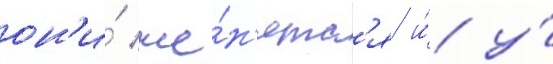
он'и́ же́н'ятс'я и́ у́